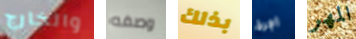
والخارج وصفه بذلك اجرة المهر